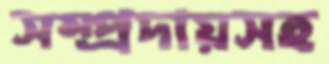
সম্প্রদায়সহ